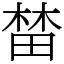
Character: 榃